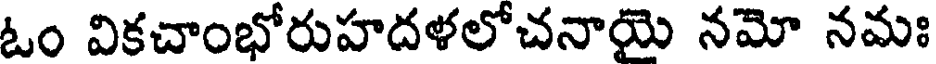
ఓం వికచాంభోరుహదళలోచనాయె నమో నమః